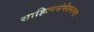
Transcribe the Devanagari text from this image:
साहित्यसंमेलनाचा